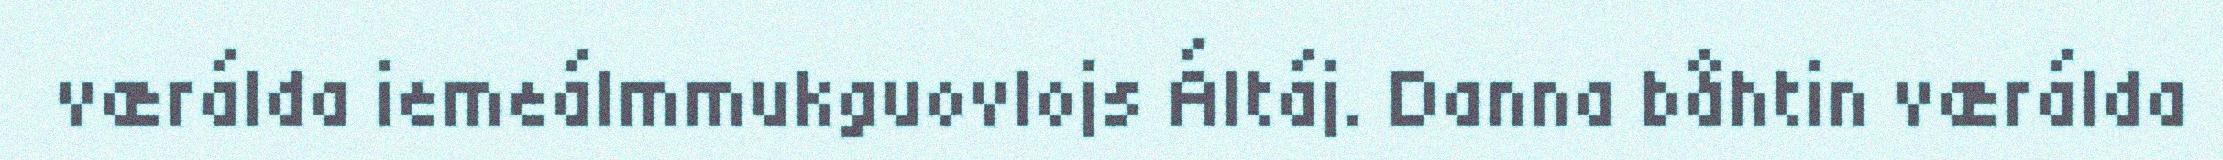
værálda iemeálmmukguovlojs Áltáj. Danna båhtin værálda